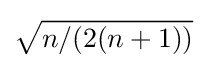
{\sqrt {n/(2(n+1))}}